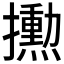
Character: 𪮼